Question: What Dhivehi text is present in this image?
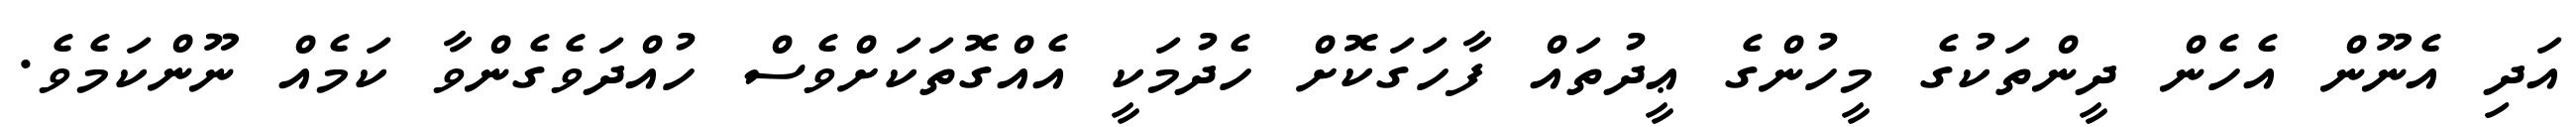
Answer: އަދި އެނޫން އެހެން ދީންތަކުގެ މީހުންގެ ޢީދުތައް ފާހަގަކޮށް ހެދުމަކީ އެއްގޮތަކަށްވެސް ހުއްދަވެގެންވާ ކަމެއް ނޫންކަމެވެ.